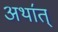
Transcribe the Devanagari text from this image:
अथा॔त्